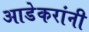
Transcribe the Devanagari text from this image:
आडेकरांनी